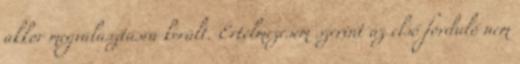
akkor megválasztásra került. Értelmezésem szerint az első forduló nem